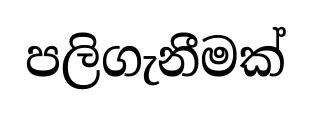
පලිගැනීමක්